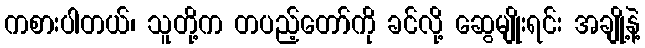
ကစားပါတယ်၊ သူတို့က တပည့်တော်ကို ခင်လို့ ဆွေမျိုးရင်း အချို့နဲ့